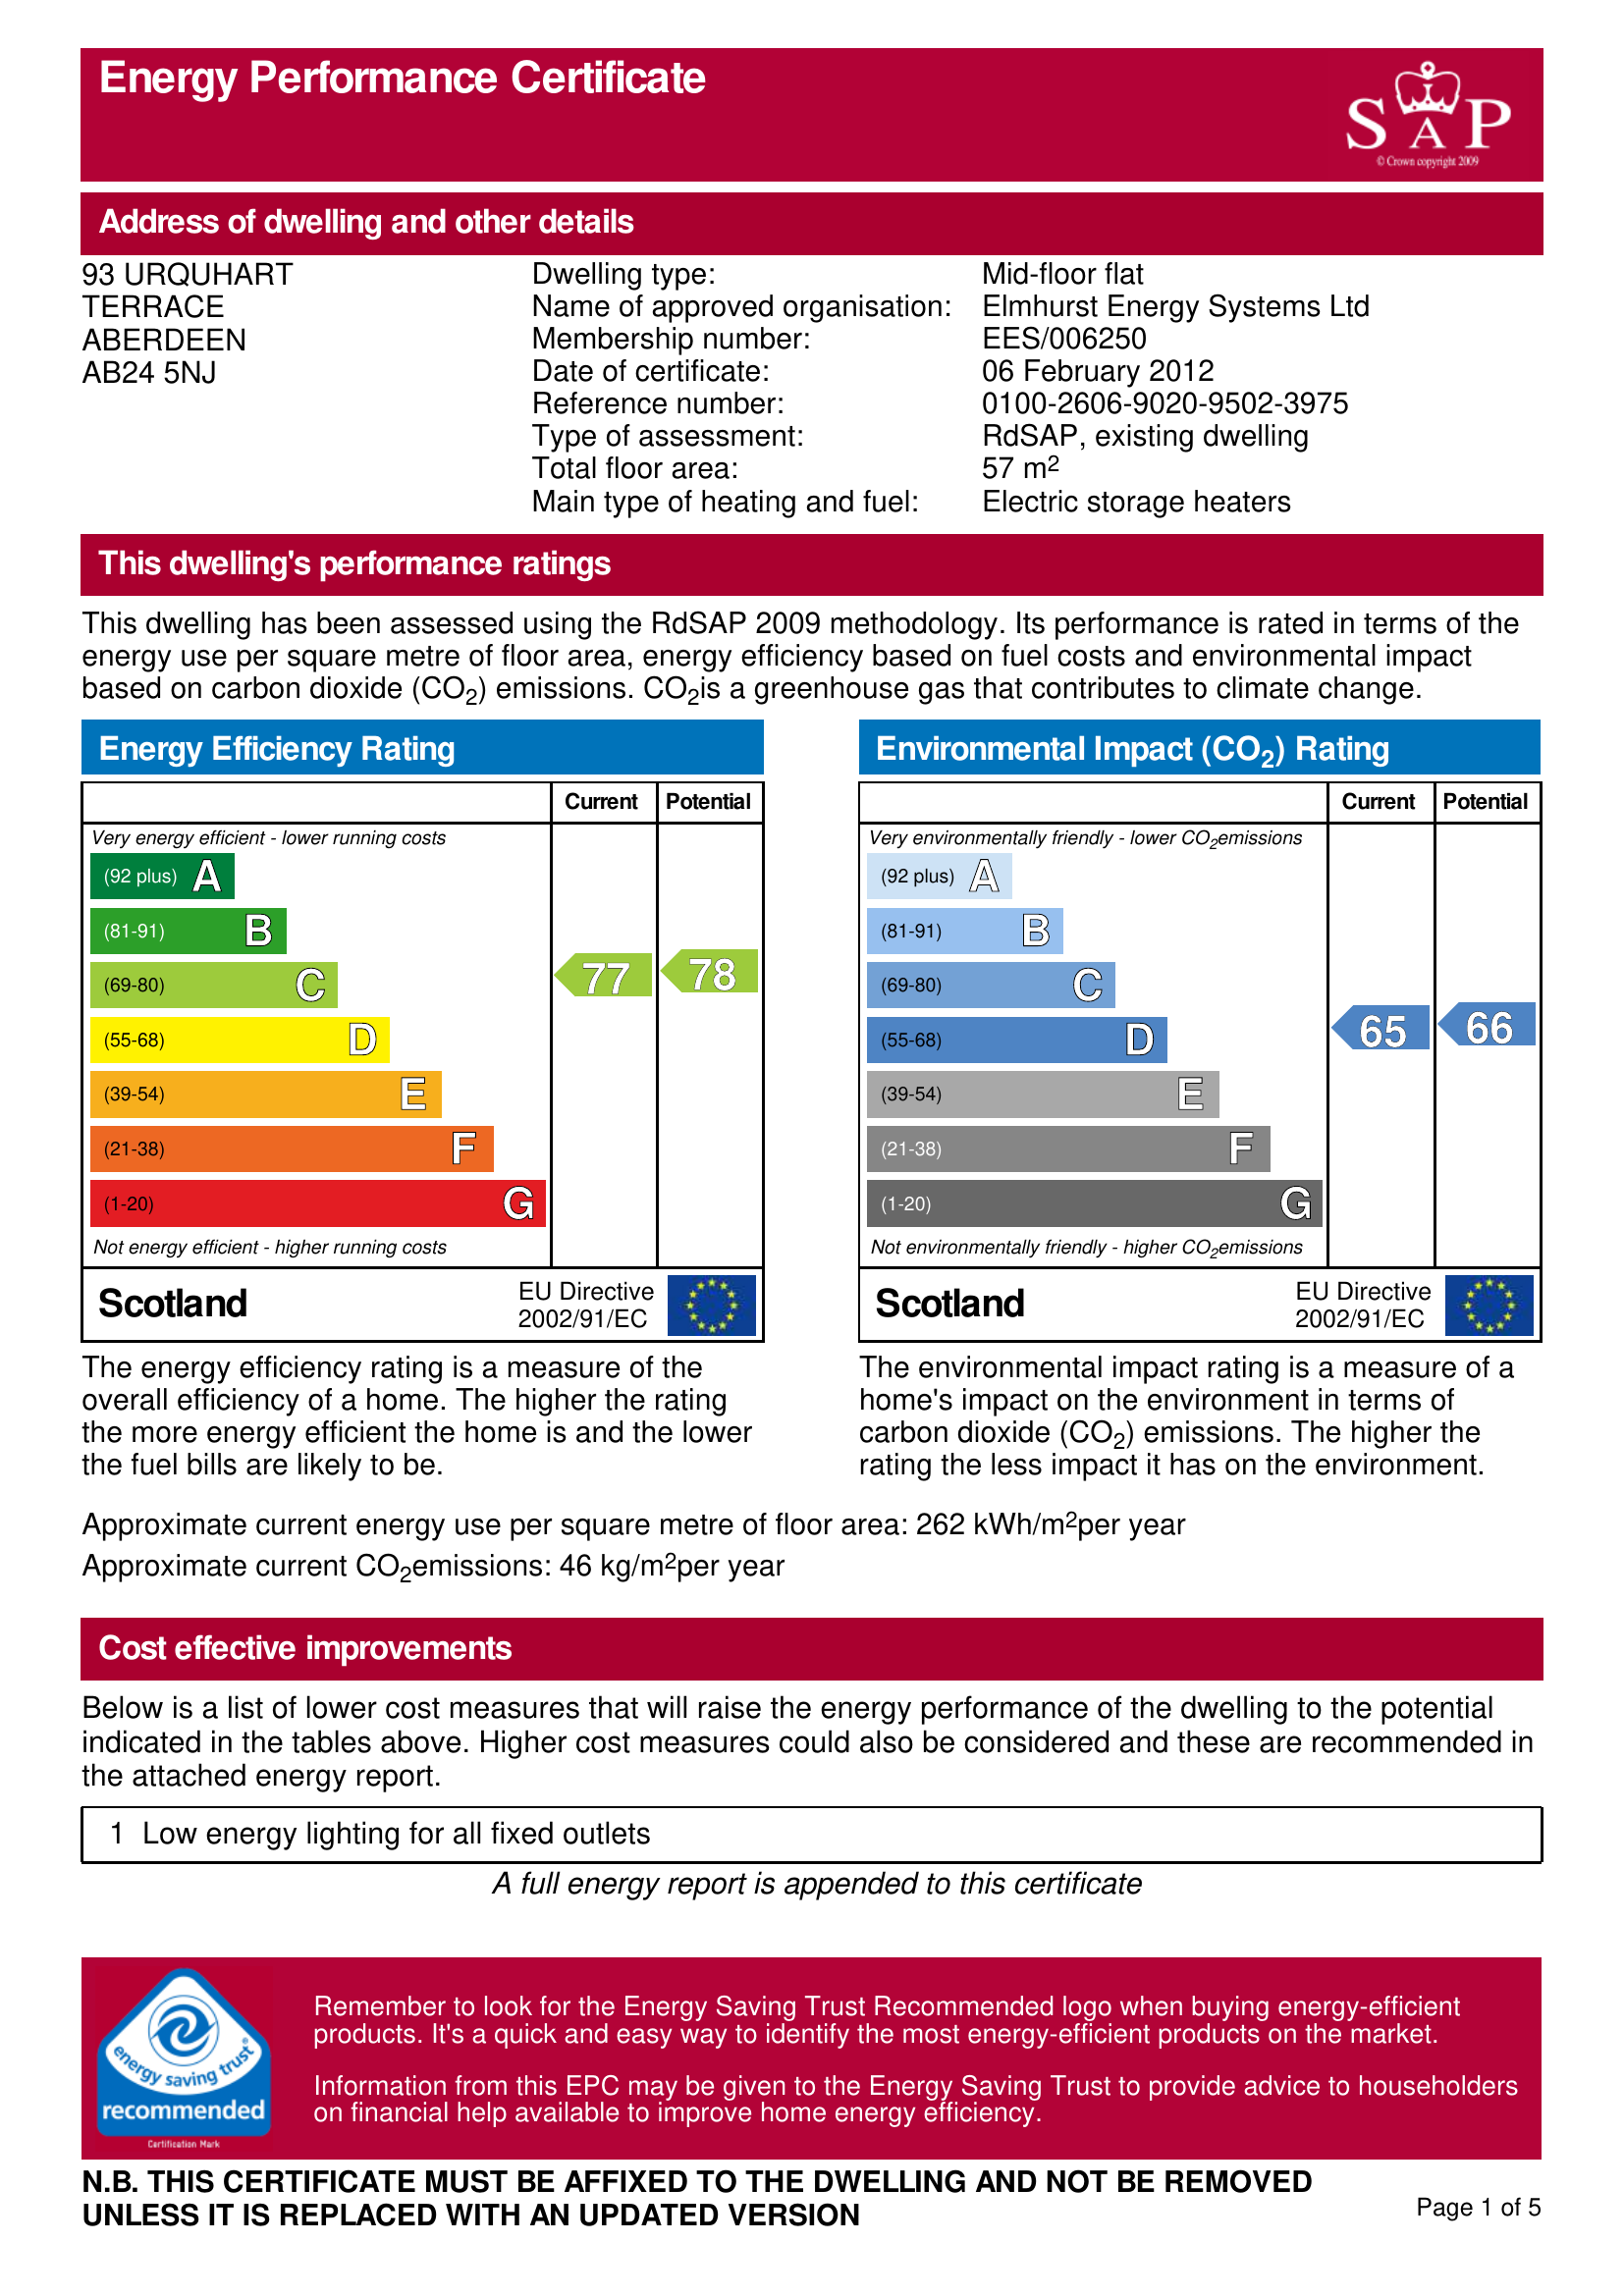
Current energy efficiency rating: C (score 77)
Potential energy efficiency rating: C (score 78)
Current environmental impact (CO2) rating: D (score 65)
Potential environmental impact (CO2) rating: D (score 66)